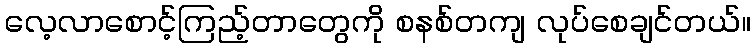
လေ့လာစောင့်ကြည့်တာတွေကို စနစ်တကျ လုပ်စေချင်တယ်။